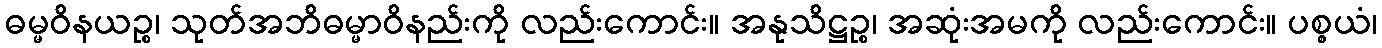
ဓမ္မဝိနယဉ္စ၊ သုတ်အဘိဓမ္မာဝိနည်းကို လည်းကောင်း။ အနုသိဋ္ဌဉ္စ၊ အဆုံးအမကို လည်းကောင်း။ ပစ္စယံ၊